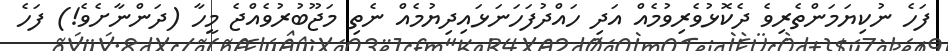
ފަހެ ނުކިޔަމަންތެރިވެ ދެކޮޅުވެރިވުމެއް އަދި ހައްދުފަަހަނަޅައިދިޔުމެއް ނެތި މަޖޫބުރުވެއްޖެ މީހާ (ދަންނާށެވެ!) ފަހެ